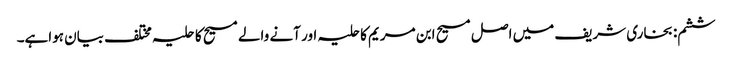
ششم: بخاری شریف میں اصل مسیح ابن مریم کاحلیہ اور آنے والے مسیح کا حلیہ مختلف بیان ہواہے۔